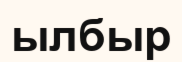
ылбыр